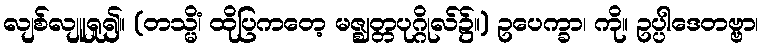
လျစ်လျူရှု၍။ (တသ္မိံ၊ ထိုပြကတေ့ မဇ္ဈတ္တပုဂ္ဂိုလ်၌။) ဥပေက္ခာ၊ ကို။ ဥပ္ပါဒေတဗ္ဗာ၊